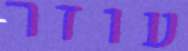
עוזר